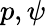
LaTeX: p,\psi